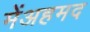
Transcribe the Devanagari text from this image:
मेंअहमद